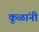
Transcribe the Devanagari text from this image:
कूळांनी